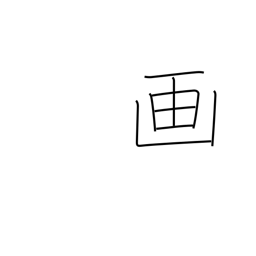
Meaning: picture